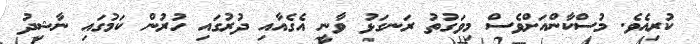
ކުރިއެވެ. މުސްކާންއަށްވެސް މިވަގުތު ރަނގަޅު ވާނީ އެގެއާއި ދުރުގައި ހުރުން ކަމުގައި ނާޝިދު